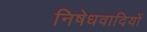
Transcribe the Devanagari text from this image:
निषेधवादियों